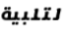
لتلبية